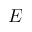
E